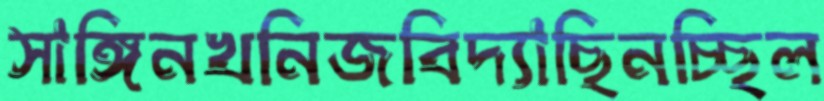
সাঙ্গিনখনিজবিদ্যাছিনচ্ছিল